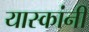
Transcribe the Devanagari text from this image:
यास्कांनी